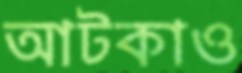
আটকাও